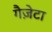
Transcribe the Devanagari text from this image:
गैज़ेटा